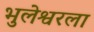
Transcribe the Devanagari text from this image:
भुलेश्वरला